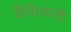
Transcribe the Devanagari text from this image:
वैविध्यानी